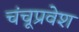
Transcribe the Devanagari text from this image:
चंचूप्रवेश